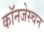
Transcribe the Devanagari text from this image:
कॉनजेस्चन